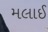
મલાઈ